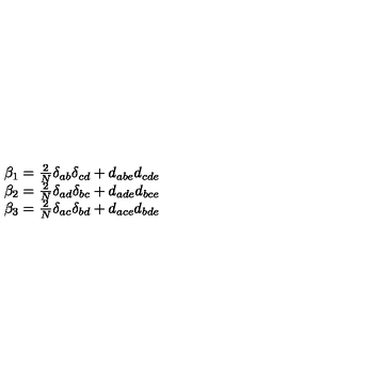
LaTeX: \begin{array} { c } { \beta _ { 1 } = \frac 2 N \delta _ { a b } \delta _ { c d } + d _ { a b e } d _ { c d e } } \\ { \beta _ { 2 } = \frac 2 N \delta _ { a d } \delta _ { b c } + d _ { a d e } d _ { b c e } } \\ { \beta _ { 3 } = \frac 2 N \delta _ { a c } \delta _ { b d } + d _ { a c e } d _ { b d e } } \\ \end{array}